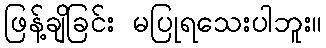
ဖြန့်ချိခြင်း မပြုရသေးပါဘူး။